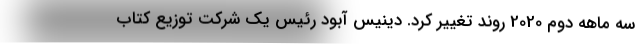
سه ماهه دوم 2020 روند تغییر کرد. دینیس آبود رئیس یک شرکت توزیع کتاب